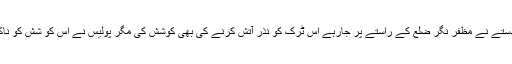
مذکورہ دستے نے مظفر نگر ضلع کے راستے پر جارہے اس ٹرک کو نذر آتش کرنے کی بھی کوشش کی مگر پولیس نے اس کو شش کو ناکام بنادیا۔